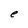
Character: e